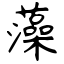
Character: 藻